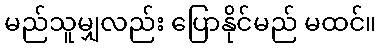
မည်သူမျှလည်း ပြောနိုင်မည် မထင်။